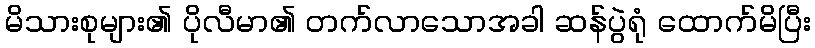
မိသားစုများ၏ ပိုလီမာ၏ တက်လာသောအခါ ဆန်ပွဲရုံ ထောက်မိပြီး